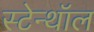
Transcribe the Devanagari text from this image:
स्टेन्थॉल